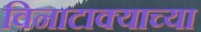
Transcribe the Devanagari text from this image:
विनाटाक्‍याच्या